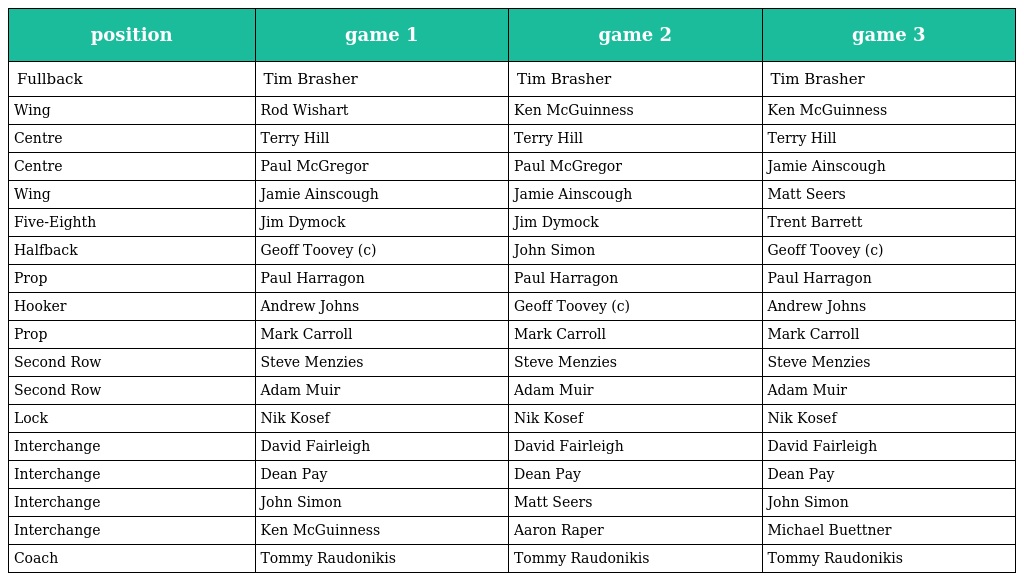
| position | game 1 | game 2 | game 3 |
 | --- | --- | --- | --- |
 | Fullback | Tim Brasher | Tim Brasher | Tim Brasher |
 | Wing | Rod Wishart | Ken McGuinness | Ken McGuinness |
 | Centre | Terry Hill | Terry Hill | Terry Hill |
 | Centre | Paul McGregor | Paul McGregor | Jamie Ainscough |
 | Wing | Jamie Ainscough | Jamie Ainscough | Matt Seers |
 | Five-Eighth | Jim Dymock | Jim Dymock | Trent Barrett |
 | Halfback | Geoff Toovey (c) | John Simon | Geoff Toovey (c) |
 | Prop | Paul Harragon | Paul Harragon | Paul Harragon |
 | Hooker | Andrew Johns | Geoff Toovey (c) | Andrew Johns |
 | Prop | Mark Carroll | Mark Carroll | Mark Carroll |
 | Second Row | Steve Menzies | Steve Menzies | Steve Menzies |
 | Second Row | Adam Muir | Adam Muir | Adam Muir |
 | Lock | Nik Kosef | Nik Kosef | Nik Kosef |
 | Interchange | David Fairleigh | David Fairleigh | David Fairleigh |
 | Interchange | Dean Pay | Dean Pay | Dean Pay |
 | Interchange | John Simon | Matt Seers | John Simon |
 | Interchange | Ken McGuinness | Aaron Raper | Michael Buettner |
 | Coach | Tommy Raudonikis | Tommy Raudonikis | Tommy Raudonikis |